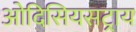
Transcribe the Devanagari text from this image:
ओदिसियसट्राय